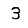
Digit: 3